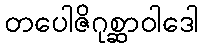
တပေါဇိဂုစ္ဆာဝါဒေါ